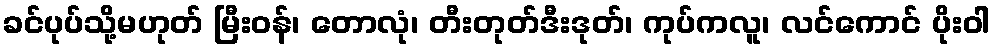
ခင်ပုပ်သို့မဟုတ် မြီးဝန်၊ တောလုံ၊ တီးတုတ်ဒီးဒုတ်၊ ကုပ်ကလူ၊ လင်ကောင် ပိုးဝါ